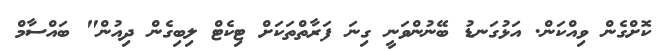
ކޮށްގެން ވިއްކަން. އަޅުގަނޑު ބޭނުންވަނީ ގިނަ ފަރާތްތަކަށް ޓިކެޓް ލިބިގެން ދިއުން" ބައްސާމް